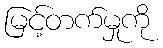
မြင့်တက်မှုကို